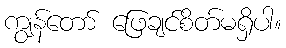
ကျွန်တော် ဖြေချင်စိတ်မရှိပါ။